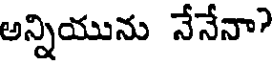
అన్నియును నేనేనా?